EELK_Paldiski_kogudus, lk 53
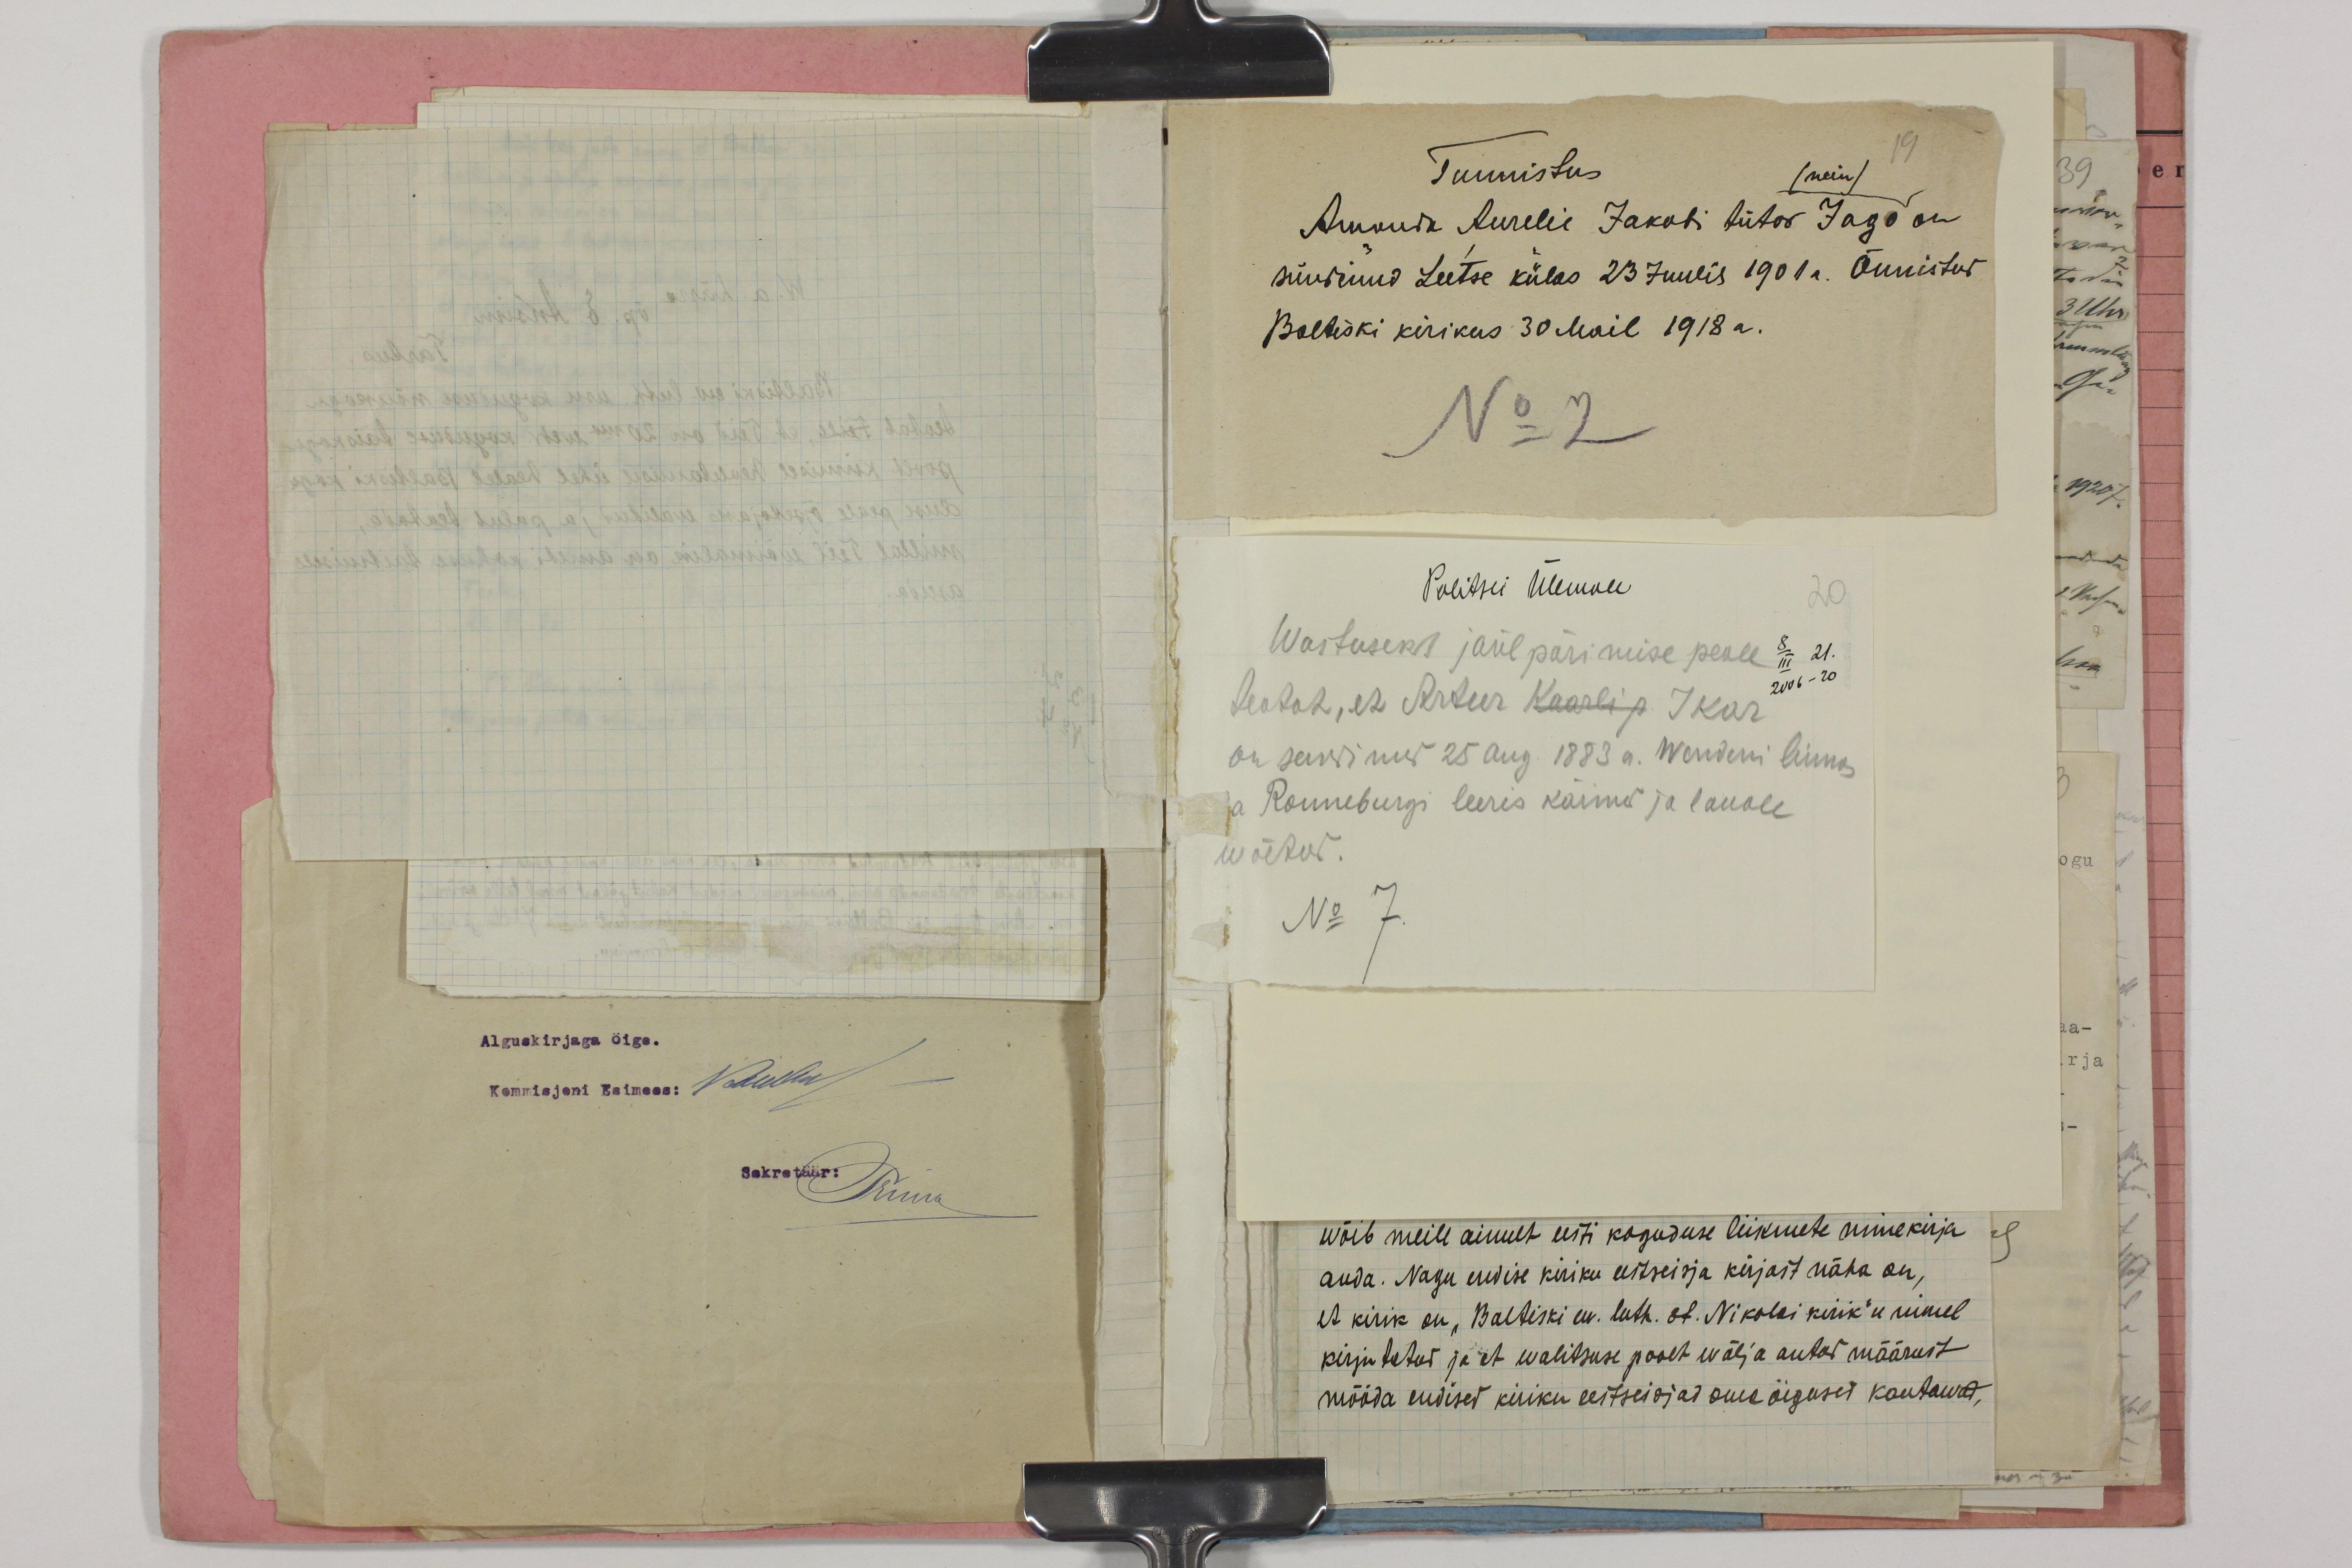
Tunnistus
/neiu/
Amanda Aurelie Jakobi tütar Jago on
sündinud Leetse külas 23 Juulil 1901a. Õnnistus
Baltiski kirikus 30 Mail 1918 a.
No 2

Politsei ülemale
20
Wastuseks järel pärimise peale
8/ III 21.
teatan, et Artur Kaarli p. Ikar
2006 - 20
on sundinud 25 aug. 1883 a. Wendeni linna
ja Ronneburgi leeris käinud ja lauale
wõetud.
No 7